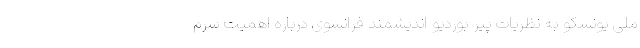
ملی یونسکو به نظریات پیر بوردیو اندیشمند فرانسوی درباره اهمیت سرم